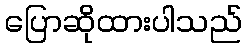
ပြောဆိုထားပါသည်